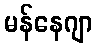
မန်နေဂျာ